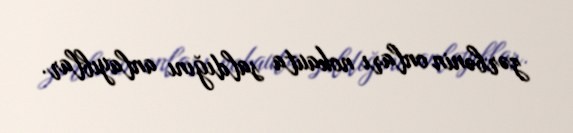
zərbənin onları nokauta saldığını anlayıblar.